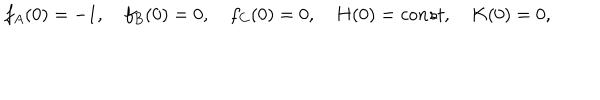
LaTeX: f _ { A } ( 0 ) = - 1 , \quad f _ { B } ( 0 ) = 0 , \quad f _ { C } ( 0 ) = 0 , \quad H ( 0 ) = c o n s t , \quad K ( 0 ) = 0 ,